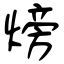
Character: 𪹚